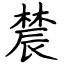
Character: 辳